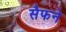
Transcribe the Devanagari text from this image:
सैफने